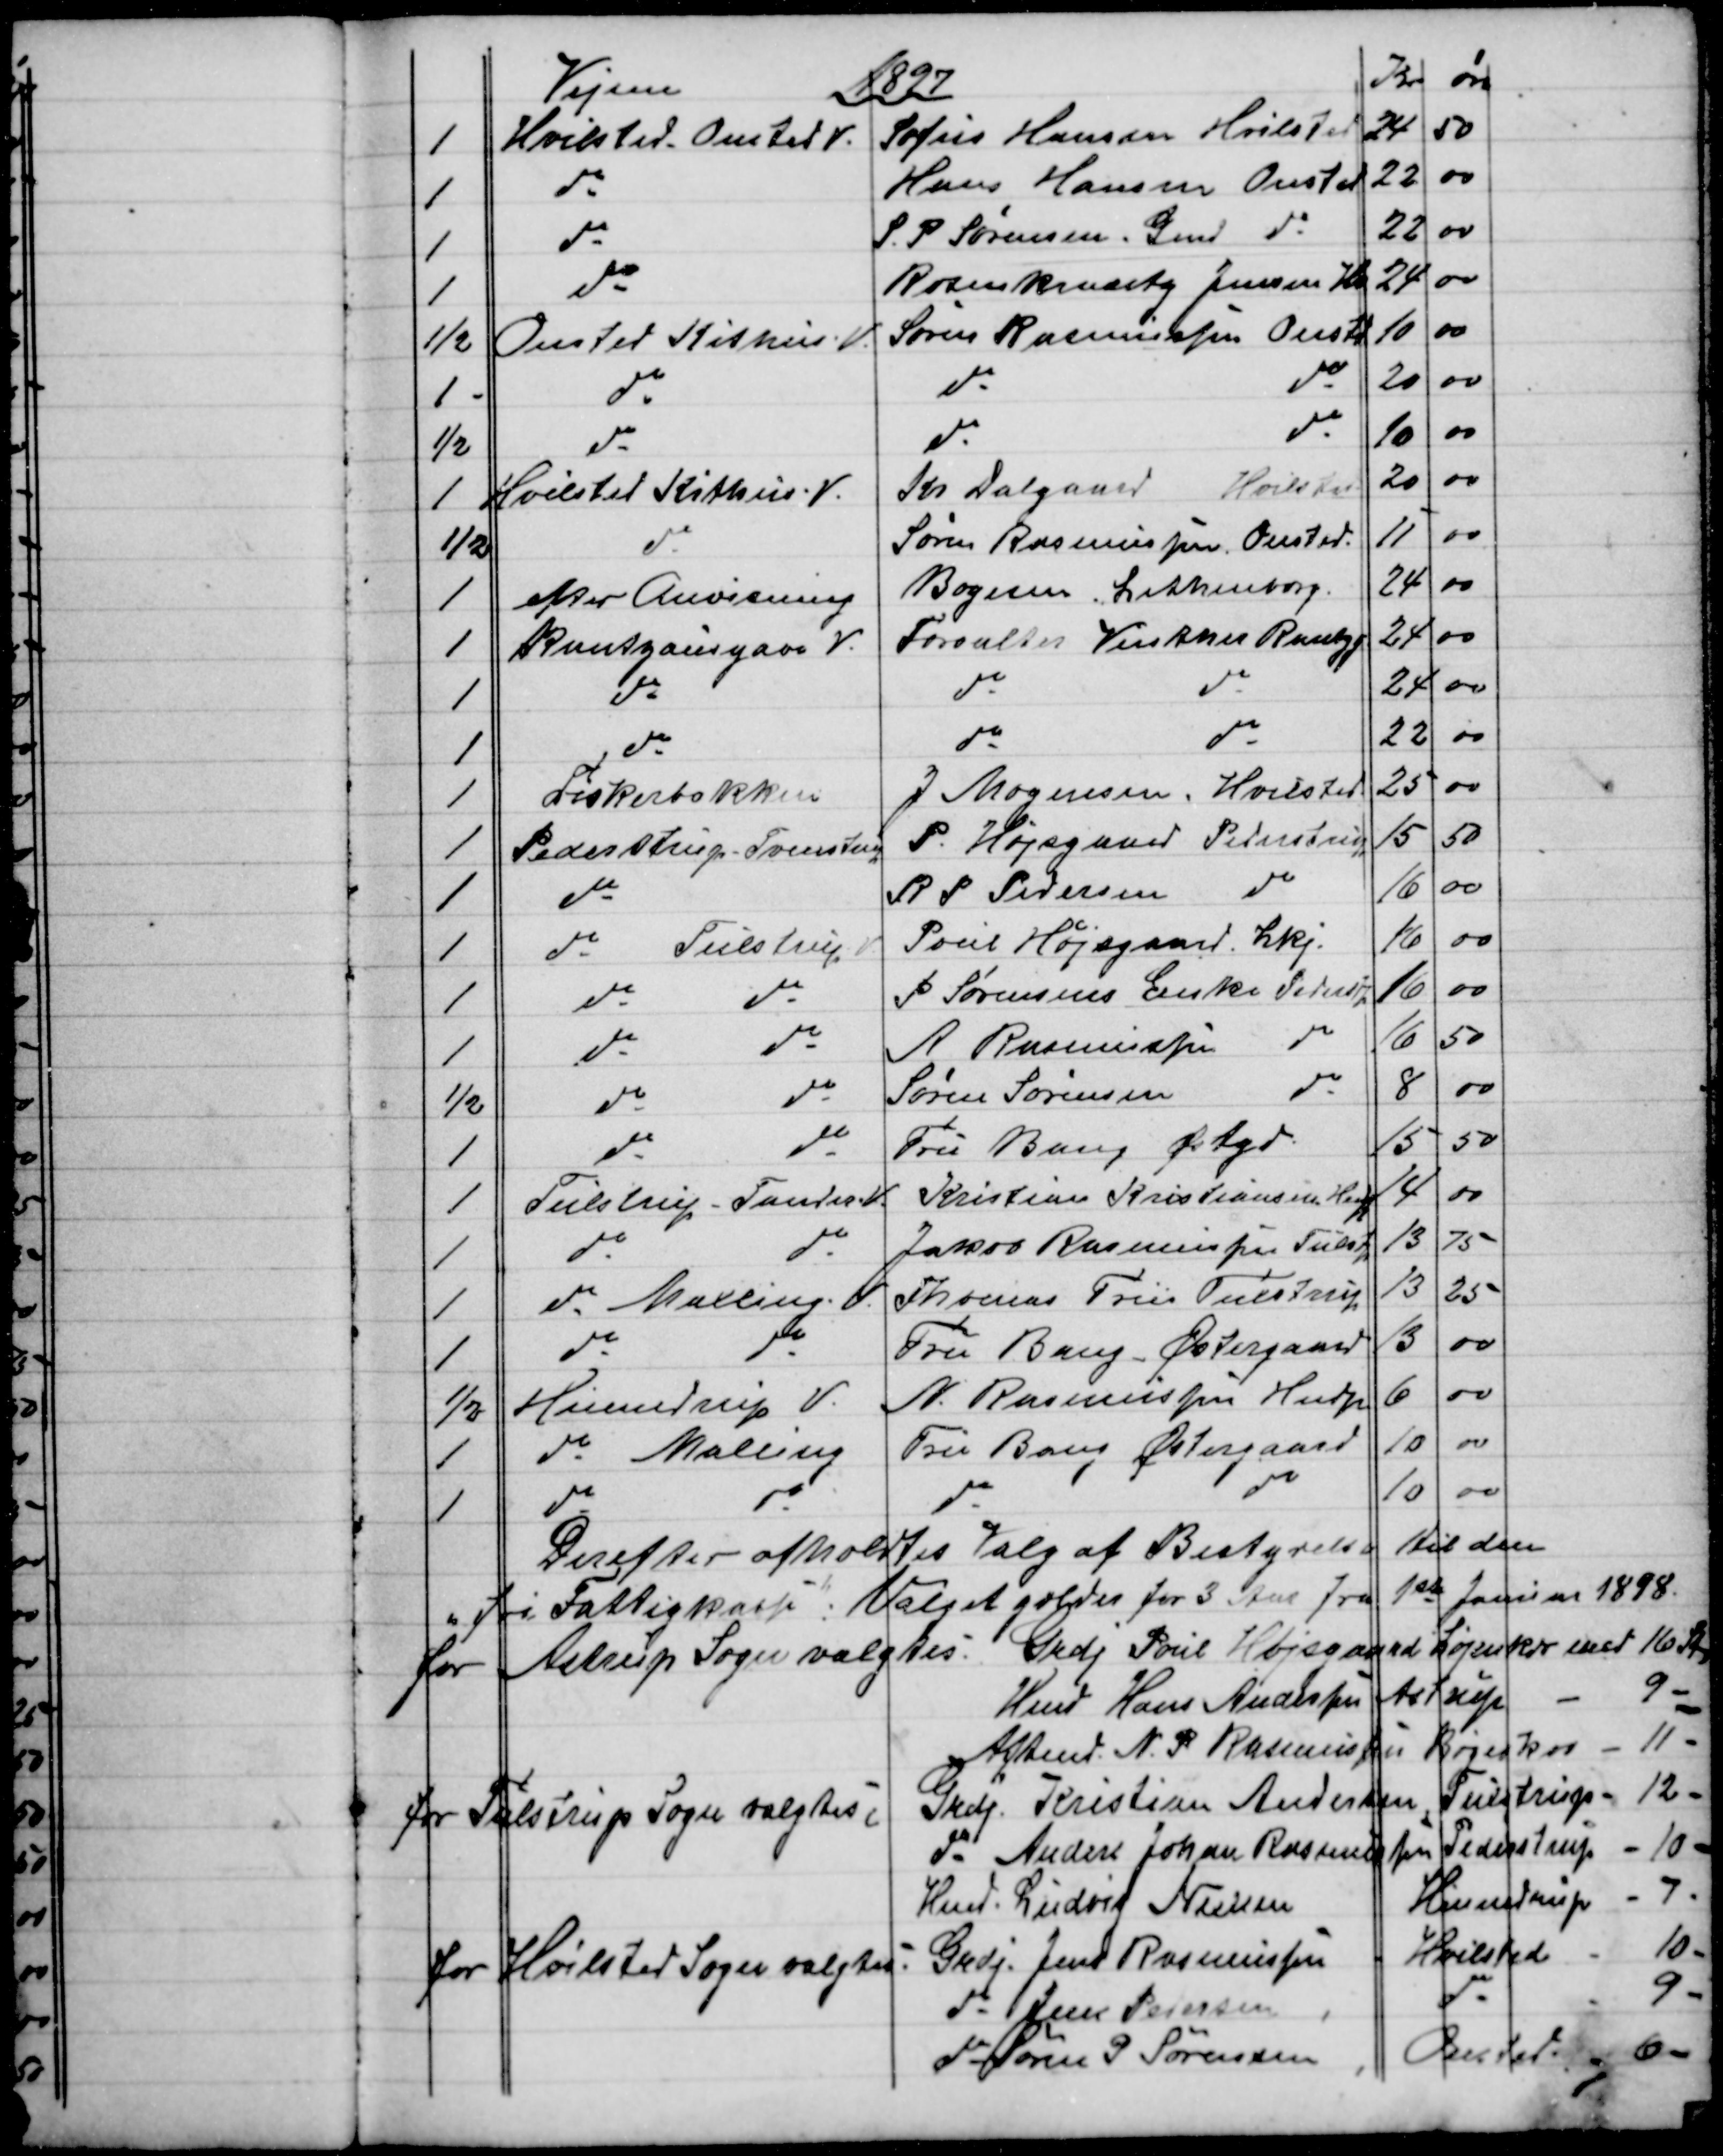
Transskription:
Vejene
1897
Kr
øre
1
Hvilsted. Onsted V.
Sofus Hansen Hvilsted
24
50
1
do
Hans Hansen Onsted
22
00
1
do
S. P. Sørensen. Gmd do
22
00
1
do
Rosenkrantz Jensen Hv.
24
00
½
Onsted Kithus. V.
Søren Rasmussen Onstd
10
00
1
do
do
do
20
00
½
do
do
do
10
00
1
Hvilsted Kithus. V.
Kr Dalgaard Hvilsted
20
00
½
do
Søren Rasmussen, Onsted.
11
00
1
efter Anvisning
Bogesen, Lethenborg.
24
00
1
Rantzausgave V.
Forvalter Vinther Rantzg
24
00
1
do
do
do
24
00
1
do
do
do
22
00
1
Fiskerbakken
J Mogensen, Hvilsted
25
00
1
Pederstrup-Tvenstrup
P. Højsgaard Pederstrup
15
50
1
do
R P Pedersen
do
16
00
1
do
Tulstrup V
Poul Højsgaard. Lkj. 
16
00
1
do
do
P Sørensens Enke Pederstp
16
00
1
do
do
A Rasmussen
do
16
50
½
do
do
Søren Sørensen
do
8
00
1
do
do
Fru Bang Østgd.
15
50
1
Tulstrup - Tander V.
Kristian Kristiansen, Hndp
14
00
1
do
do
Jakob Rasmussen Tulstp
13
75
1
Tulstrup. Malling. V.
Thomas Friis Tulstrup
13
25
1
do
do
Fru Bang - Østergaard
13
00
½
Hinnedrup V.
N. Rasmussen Hndp
6
00
1
do Malling
Fru Bang Østergaard
10
00
1
do
do
do
do
10
00
Derefter afholdtes Valg af Bestyrelse til den
"fri Fattigkasse": Valget gælder for 3 Aar fra 1st januar 1898. 
for Astrup Sogn valgtes: Grdj. Poul Højsgaard Løjenkær med 16 Stm.
Hmd. Hans Andersen Astrup 
-
9 - 
Aftmd. N. P. Rasmussen Bøgeskov - 11 -
for Tustrup Sogn valgtes:
Grdj. Kristian Andersen Tulstrup - 12 -
do Anders Johan Rasmussen Pederstrup - 10 -   
Hmd. Ludvig Nielsen 
Hinnedrup - 7 -
for Hvilsted Sogn valgtes: 
Grdj. Jens Rasmussen Hvilsted - 10 -
do Jens Pedersen 
do
-
9 -
do Søren P. Sørensen 
Onsted 
6 -